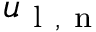
{ u } _ { \mathrm { ~ l ~ , ~ n ~ } }